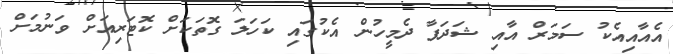
އެއާއިއެކު ސަމަރް އާއި ޝަދަފާ ދެމީހުން އެކުގައި ކަހަލަ ގޮތަކަށް ކޮޓަރިއަށް ވަނުމަށް